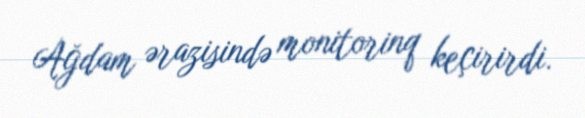
Ağdam ərazisində monitorinq keçirirdi.